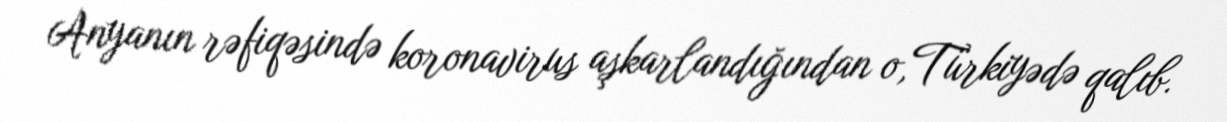
Anyanın rəfiqəsində koronavirus aşkarlandığından o,Türkiyədə qalıb.